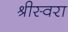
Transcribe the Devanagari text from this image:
श्रीस्वरा